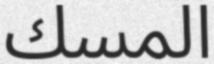
المسك